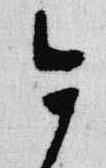
今